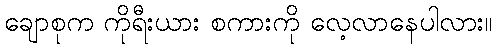
ချောစုက ကိုရီးယား စကားကို လေ့လာနေပါလား။